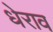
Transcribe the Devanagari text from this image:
धेराव